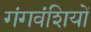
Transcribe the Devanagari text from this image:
गंगवंशियों